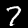
Label: 7